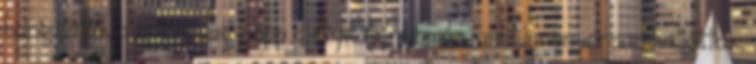
hangulatuk alapján, vagy épp pletykák nyomán, amit innen-onnan hallottak,